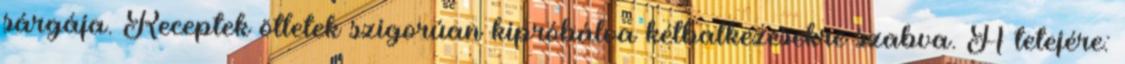
sárgája. Receptek ötletek szigorúan kipróbálva kétbalkezesekre szabva. A tetejére: